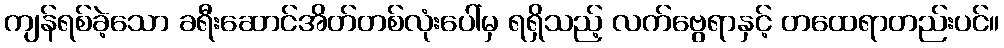
ကျန်ရစ်ခဲ့သော ခရီးဆောင်အိတ်တစ်လုံးပေါ်မှ ရရှိသည့် လက်ဗွေရာနှင့် တထေရာတည်းပင်။